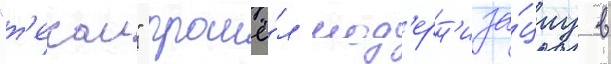
"т'екаи" прошё́л мод'ерн'иза́циу в